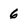
Character: 6